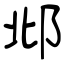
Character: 邶